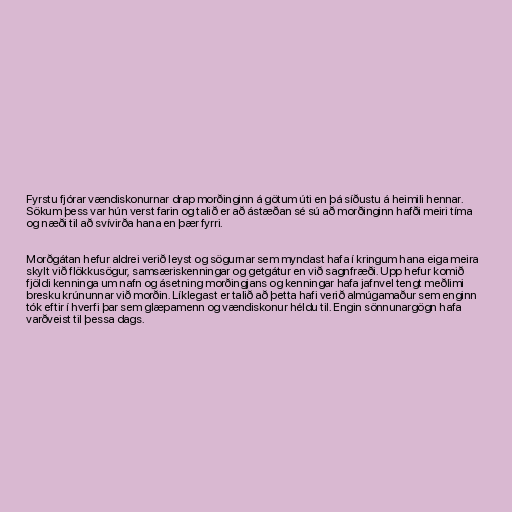
Fyrstu fjórar vændiskonurnar drap morðinginn á götum úti en þá síðustu á heimili hennar.
Sökum þess var hún verst farin og talið er að ástæðan sé sú að morðinginn hafði meiri tíma
og næði til að svívirða hana en þær fyrri.

Morðgátan hefur aldrei verið leyst og sögurnar sem myndast hafa í kringum hana eiga meira
skylt við flökkusögur, samsæriskenningar og getgátur en við sagnfræði. Upp hefur komið
fjöldi kenninga um nafn og ásetning morðingjans og kenningar hafa jafnvel tengt meðlimi
bresku krúnunnar við morðin. Líklegast er talið að þetta hafi verið almúgamaður sem enginn
tók eftir í hverfi þar sem glæpamenn og vændiskonur héldu til. Engin sönnunargögn hafa
varðveist til þessa dags.